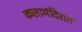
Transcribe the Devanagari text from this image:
कलामंदिरात